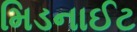
મિડનાઈટ